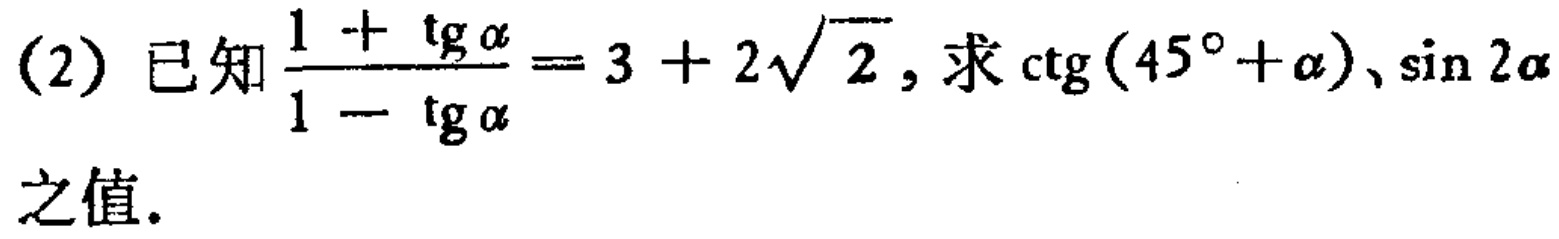
(2) 已知$\frac{1 + \text{tg} \alpha}{1 - \text{tg} \alpha}=3 + 2\sqrt{2}$, 求$\text{ctg}(45^{\circ}+\alpha)$、$\sin 2\alpha$之值.